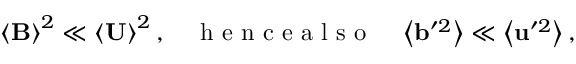
\left\langle \mathbf { B } \right\rangle ^ { 2 } \ll \left\langle \mathbf { U } \right\rangle ^ { 2 } , \quad \textrm { h e n c e a l s o } \quad \left\langle \mathbf { b } ^ { \prime 2 } \right\rangle \ll \left\langle \mathbf { u } ^ { \prime 2 } \right\rangle ,